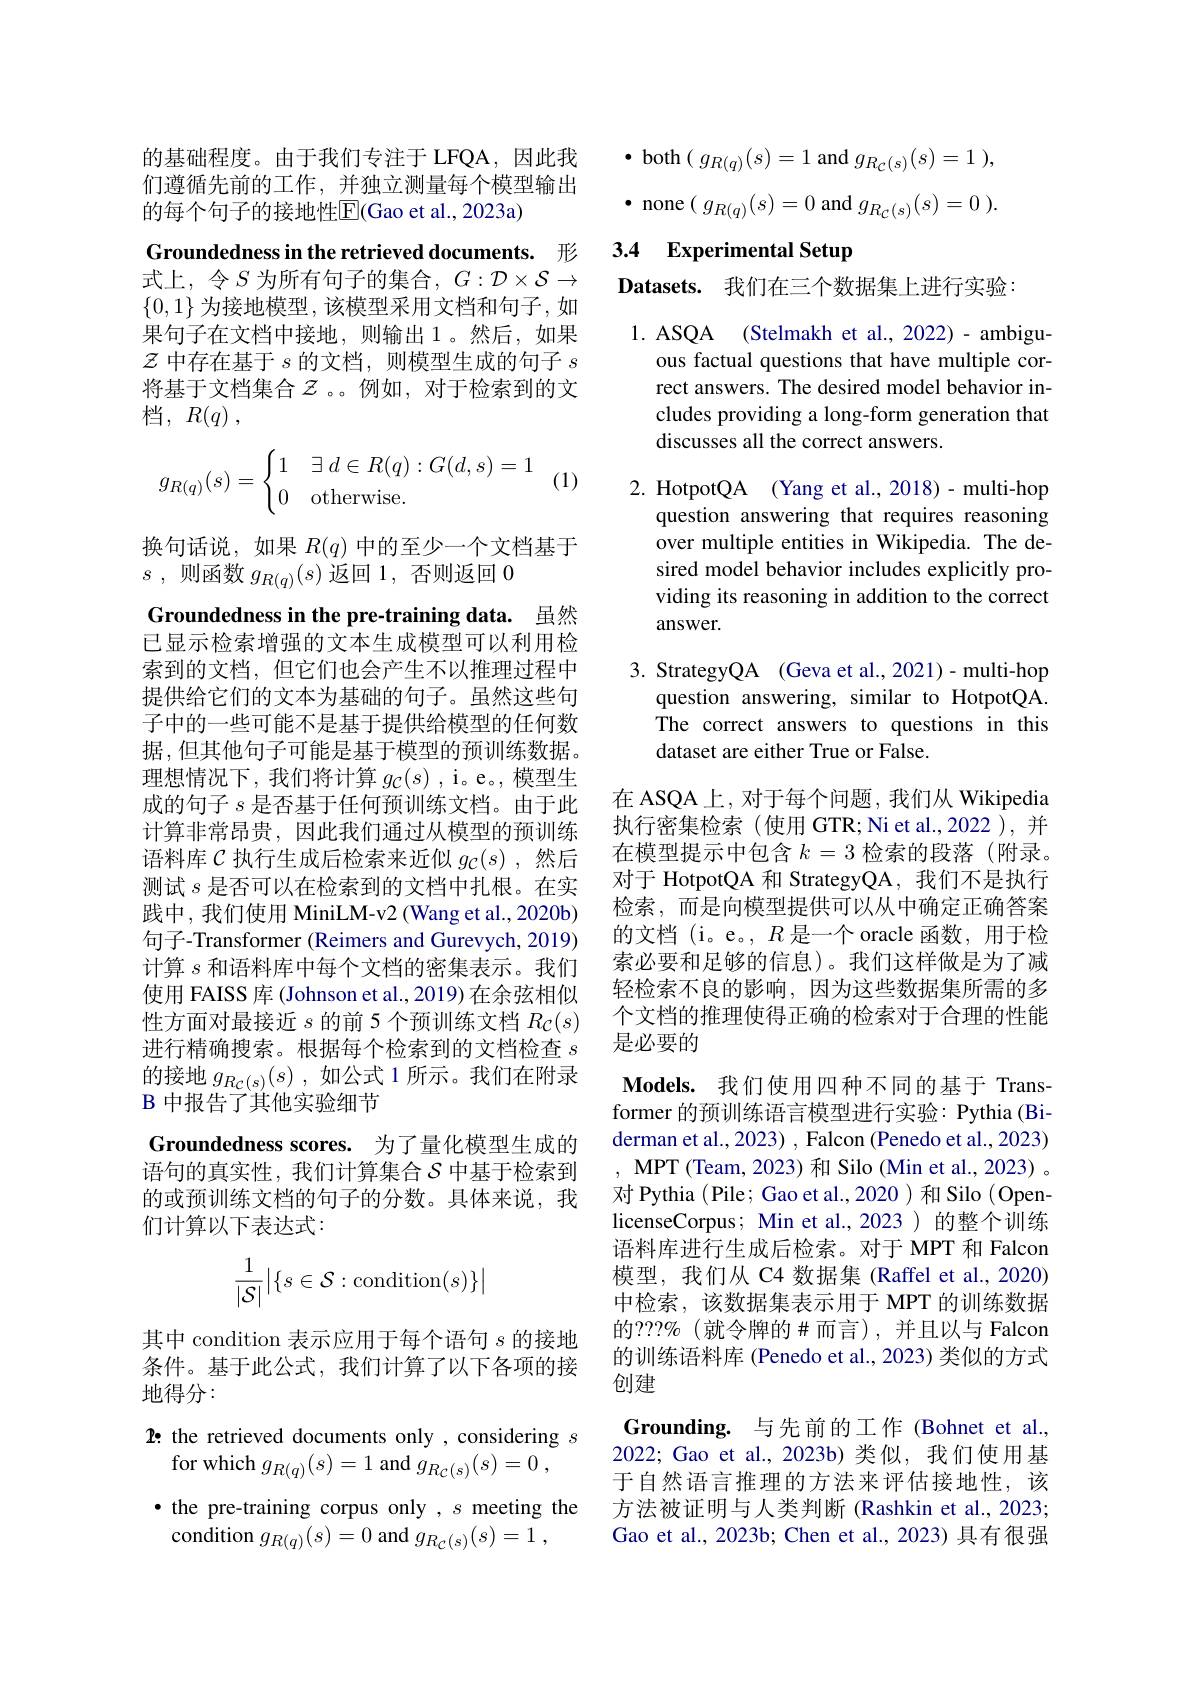
的基础程度。由于我们专注于 LFQA,因此我们遵循先前的工作，并独立测量每个模型输出的每个句子的接地性$\overline{\mathrm{E}}($Gao et al., 2023a)

Groundedness in the retrieved documents. 形

式上，令$S$ 为所有句子的集合，$G:\mathcal{D}\times\mathcal{S}\to$ $\{0,1\}$为接地模型，该模型采用文档和句子，如果句子在文档中接地，则输出1。然后，如果$\mathcal{Z}$中存在基于$s$的文档，则模型生成的句子$s$ 将基于文档集合$Z$ 。例如，对于检索到的文档，$R( q)$ ,
$$g_{R(q)}(s)=\begin{cases}1&\exists\:d\in R(q):G(d,s)=1\\0&\text{otherwise.}\end{cases}$$
(1)

换句话说，如果$R(q)$中的至少一个文档基于
$s$ , 则函数$g_R(q)(s)$返回 1,否则返回0

Groundedness in the pre-training data. 虽然

已显示检索增强的文本生成模型可以利用检索到的文档，但它们也会产生不以推理过程中提供给它们的文本为基础的句子。虽然这些句子中的一些可能不是基于提供给模型的任何数据，但其他句子可能是基于模型的预训练数据。理想情况下，我们将计算$g_{\mathcal{C}}(s)$ ,i。e。,模型生成的句子$s$是否基于任何预训练文档。由于此计算非常昂贵，因此我们通过从模型的预训练语料库$\mathcal{C}$执行生成后检索来近似$g_{\mathcal{C}}(s)$ ,然后测试$s$是否可以在检索到的文档中扎根。在实践中，我们使用 MiniLM-v2 (Wang et al., 2020b) 句子-Transformer (Reimers and Gurevych, 2019) 计算$s$和语料库中每个文档的密集表示。我们使用 FAISS 库 (Johnson et al., 2019) 在余弦相似性方面对最接近$s$的前 5 个预训练文档$R_\mathcal{C}(s)$ 进行精确搜索。根据每个检索到的文档检查$s$ 的接地$g_{R_C(s)}(s)$,如公式 1 所示。我们在附录B 中报告了其他实验细节
Groundedness scores. 为了量化模型生成的语句的真实性，我们计算集合$\mathcal{S}$中基于检索到的或预训练文档的句子的分数。具体来说，我们计算以下表达式：
$$\dfrac{1}{|\mathcal{S}|}\big|\{s\in\mathcal{S}:\text{condition}(s)\}\big|$$
其中 condition 表示应用于每个语句$s$的接地条件。基于此公式，我们计算了以下各项的接地得分：
1{:} the retrieved documents only , considering $s$
for which $g_{R(q)}(s)=1$ and $g_{R_{\mathcal{C} }( s) }( s) = 0$ ,
·the pre-training corpus only , $s$ meeting the
condition $g_{R(q)}(s)=0$ and $g_{R_{C}( s) }( s) = 1$ ,

$\bullet$ both$(g_{R(q)}(s)=1$ and $g_{R_{\mathcal{C}}(s)}(s)=1)$, $\bullet$ none$(g_R(q)(s)=0$ and $g_{R_{C}(s)}(s)=0)$

# 3.4 Experimental Setup

Datasets. 我们在三个数据集上进行实验：

1. ASQA (Stelmakh et al., 2022) - ambigu-
ous factual questions that have multiple correct answers. The desired model behavior includes providing a long-form generation that discusses all the correct answers.

2. HotpotQA (Yang et al., 2018)- multi-hop
question answering that requires reasoning over multiple entities in Wikipedia. The desired model behavior includes explicitly providing its reasoning in addition to the correct answer.

3. StrategyQA (Geva et al., 2021)- multi-hop
question answering, similar to HotpotQA. The correct answers to questions in this dataset are either True or False.

在 ASQA 上，对于每个问题 , 我们从 Wikipedia 执行密集检索(使用 GTR; Ni et al.,2022 ), 并在模型提示中包含$k=3$检索的段落(附录。对于 HotpotQA 和 StrategyQA, 我们不是执行检索，而是向模型提供可以从中确定正确答案的文档 (i。e。, $R$是一个 oracle 函数，用于检索必要和足够的信息)。我们这样做是为了减轻检索不良的影响，因为这些数据集所需的多个文档的推理使得正确的检索对于合理的性能是必要的

$\textbf{Models. 我 们 使 用 四 种 不 同 的 基 于 Trans- }$ former 的预训练语言模型进行实验：Pythia (Biderman et al., 2023) , Falcon (Penedo et al., 2023) , ${\mathbf{MPT}}$ (Team, 2023) 和 Silo (Min et al., 2023) 。对 Pythia (Pile; Gao et al., 2020 ) 和 Silo ( OpenlicenseCorpus; Min et al.,2023 ) 的整个训练语料库进行生成后检索。对于 MPT 和 Falcon 模型，我们从 C4 数据集 (Raffel et al., 2020) 中检索，该数据集表示用于 MPT 的训练数据的？??%(就令牌的#而言),并且以与 Falcon 的训练语料库 (Penedo et al., 2023) 类似的方式创建
$\textbf{Grounding. 与 先 前 的 工 作 ( Bohnet et al. }$ 2022; Gao et al., 2023b) 类似，我们使用基于自然语言推理的方法来评估接地性，该方法被证明与人类判断(Rashkin et al., 2023; Gao et al., 2023b; Chen et al., 2023) 具有很强